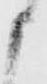
申